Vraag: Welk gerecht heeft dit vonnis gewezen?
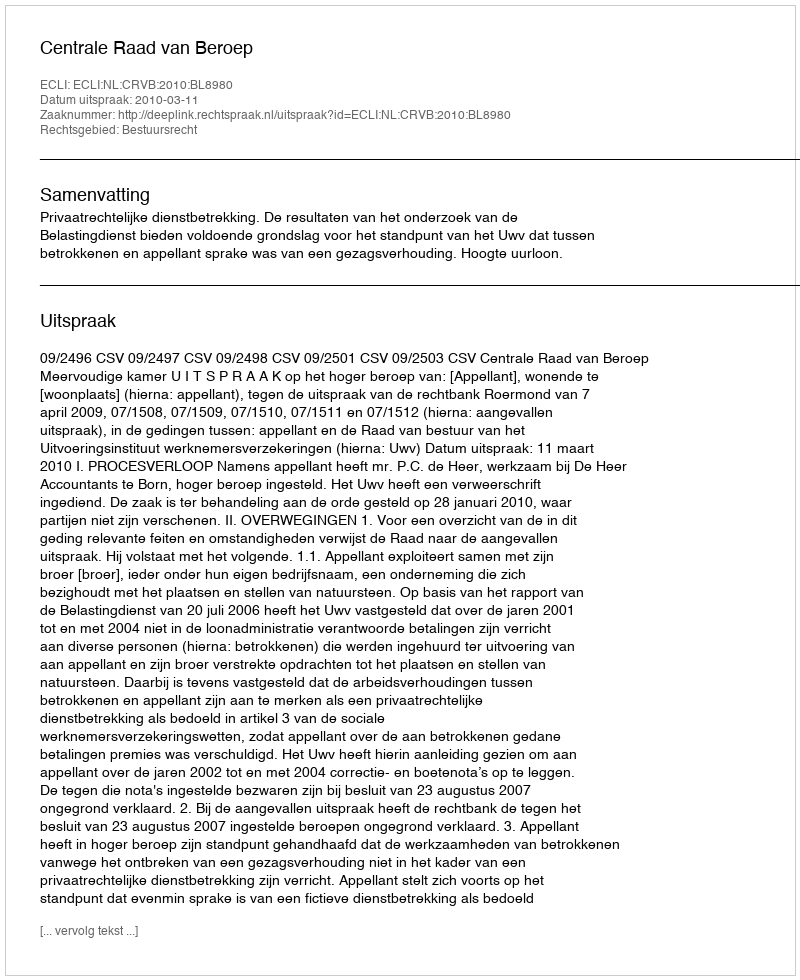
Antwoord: Centrale Raad van Beroep